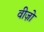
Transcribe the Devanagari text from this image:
वीज़ो